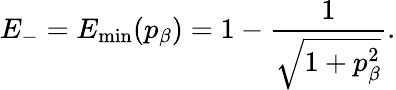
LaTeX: E_{-}=E_{\operatorname*{min}}(p_{\beta})=1-\frac{1}{\sqrt{1+p_{\beta}^{2}}}.